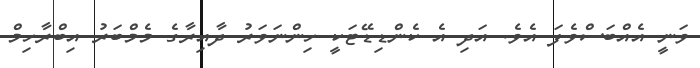
ވަނީ އެއްބަސްވެފަ އެވެ. އަދި އެ ކެންޑިޑޭޓަކީ ހިންނަވަރު ދާއިރާގެ މެމްބަރު އިބްރާހިމް